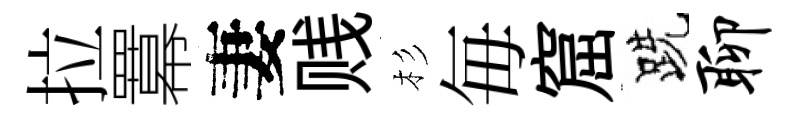
拉羃妻贱杉毎窟跣聊